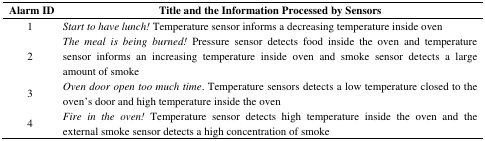
<table><thead><tr><td><b>Alarm ID</b></td><td><b>Title and the Information Processed by Sensors</b></td></tr></thead><tbody><tr><td>1</td><td><i>Start to have lunch!</i> Temperature sensor informs a decreasing temperature inside oven</td></tr><tr><td>2</td><td><i>The meal is being burned!</i> Pressure sensor detects food inside the oven and temperature sensor informs an increasing temperature inside oven and smoke sensor detects a large amount of smoke</td></tr><tr><td>3</td><td><i>Oven door open too much time</i>. Temperature sensors detects a low temperature closed to the oven&#x27;s door and high temperature inside the oven</td></tr><tr><td>4</td><td><i>Fire in the oven!</i> Temperature sensor detects high temperature inside the oven and the external smoke sensor detects a high concentration of smoke</td></tr></tbody></table>